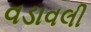
વડાવલી